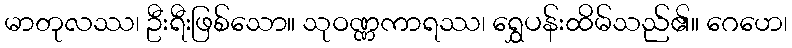
မာတုလဿ၊ ဦးရီးဖြစ်သော။ သုဝဏ္ဏကာရဿ၊ ရွှေပန်းထိမ်သည်၏။ ဂေဟေ၊